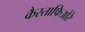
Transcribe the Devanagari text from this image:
कैस्ताफिओरे